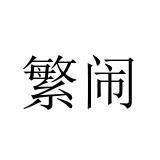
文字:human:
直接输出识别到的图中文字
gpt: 繁闹